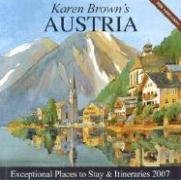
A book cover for Karen Brown's Austria, 2007: Exceptional Places to Stay & Itineraries (Karen Brown's Austria: Exceptional Places to Stay & Itineraries); Karen Brown; Travel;